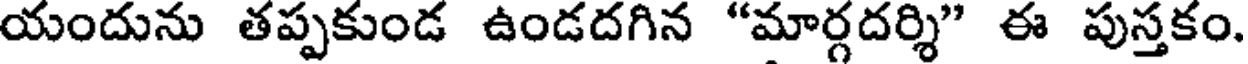
యందును తప్పకుండ ఉండదగిన "మార్గదర్శి" ఈ పుస్తకం.